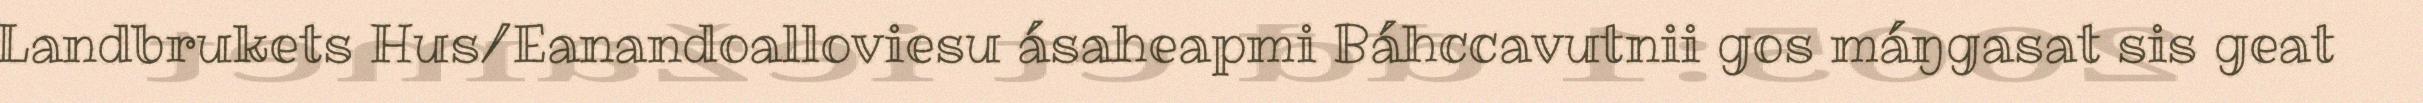
Landbrukets Hus/Eanandoalloviesu ásaheapmi Báhccavutnii gos máŋgasat sis geat